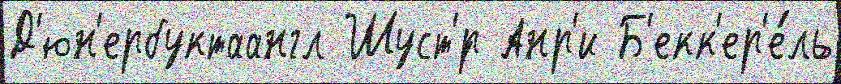
Д'юн'ербуктаангл Шуст'́р Анр'и Б'екк'ер'е́ль